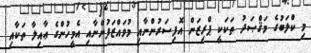
މި ކްލަބުގެ މަޤްޞަދު ތަކަކީ ޕްރިޒަން އޮފިސަރުންނާއި މުވައްޒަފުންނާއި އެމީހުންގެ ޢާއިލާ ތަކާއި